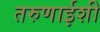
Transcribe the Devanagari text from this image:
तरुणाईशी